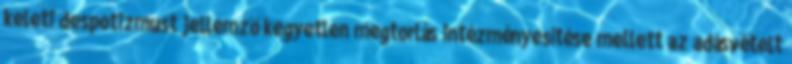
keleti despotizmust jellemző kegyetlen megtorlás intézményesítése mellett az adásvételt